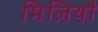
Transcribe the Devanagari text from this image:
मिलियौ